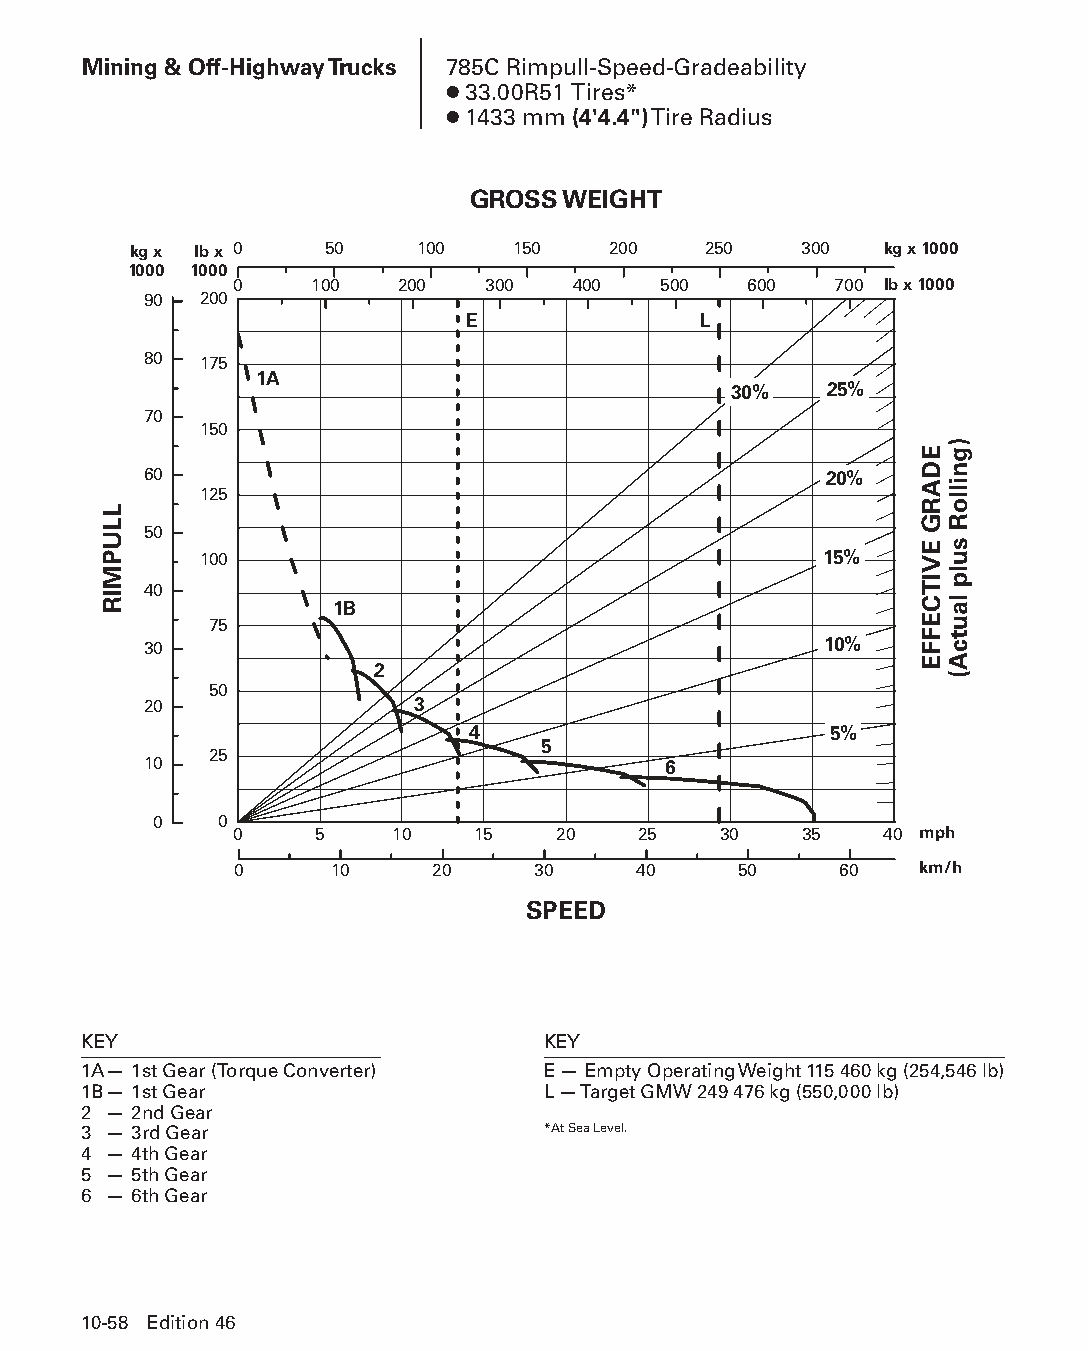
Mining & Off-Highway Trucks 785C Rimpull-Speed-Gradeability
 ● 33.00R51 Tires*
 ● 1433 mm (4'4.4") Tire Radius
 GROSS  WEIGHT
 kg x lb x 0  50    100   150    200   250   300   kg x 1000
 1000 1000
 0    100   200   300  400   500   600   700 lb x 1000
 90  200
 E               L
 80  175
 1A
 30%   25%
 70
 150
 60                                           20%
 125
 50
 100                                      15%
 40
 1B
 75
 30                                           10%
 2
 50
 20                3
 4                       5%
 5
 25
 10                                6
 0   0
 0    5    10    15   20    25   30   35    40 mph
 0     10     20     30    40     50     60   km/h
 SPEED
 KEY                           KEY
 1A — 1st Gear (Torque Converter) E — Empty Operating Weight 115 460 kg (254,546 lb)
 1B — 1st Gear                 L — Target GMW 249 476 kg (550,000 lb)
 2 — 2nd Gear
 3 — 3rd Gear                  *At Sea Level.
 4 — 4th Gear
 5 — 5th Gear
 6 — 6th Gear
 10-58 Edition 46
 PPHHBB--SSeecc1100((ppgg5533--8844))..iinndddd 5588            1122//44//1155 1100::4455 AAMM
 LLUPMIR
 EDARG
 EVITCEFFE
 )gnilloR
 sulp
 lautcA(